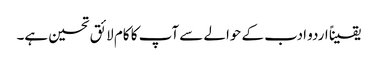
یقیناً اردو ادب کے حوالے سے آپ کا کام لائق تحسین ہے۔